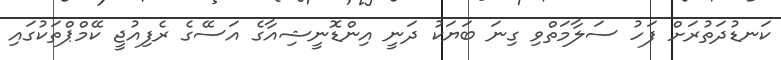
ކަނޑުދަތުރަށް ފަހު ސަލާމަތްވި ގިނަ ބަޔަކު ދަނީ އިންޑޮނީޝިއާގެ އަސޭގެ ރެފިއުޖީ ކޭމްޕްތަކުގައި